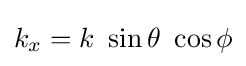
{\textstyle k_{x}=k~\sin \theta ~\cos \phi }